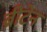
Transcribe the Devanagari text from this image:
ब्रीटेन